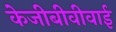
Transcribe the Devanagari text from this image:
केजीबीवीवाई